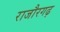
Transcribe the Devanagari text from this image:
राजौरगढ़